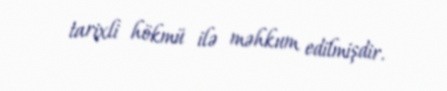
tarixli hökmü ilə məhkum edilmişdir.